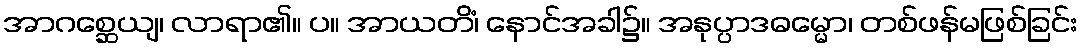
အာဂစ္ဆေယျ၊ လာရာ၏။ ပ။ အာယတိံ၊ နောင်အခါ၌။ အနုပ္ပာဒဓမ္မော၊ တစ်ဖန်မဖြစ်ခြင်း